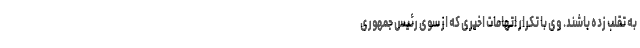
به تقلب زده باشند. وی با تکرار اتهامات اخیری که از سوی رئیس جمهوری